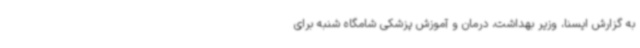
به گزارش ایسنا، وزیر بهداشت، درمان و آموزش پزشکی شامگاه شنبه برای